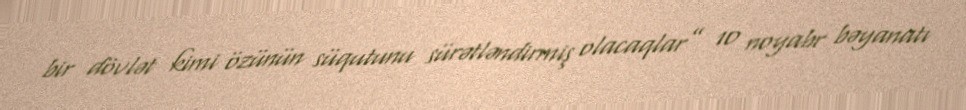
bir dövlət kimi özünün süqutunu sürətləndirmiş olacaqlar” 10 noyabr bəyanatı